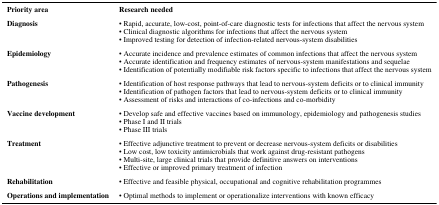
| Priority area | Research needed |
 | --- | --- |
 | Diagnosis | • Rapid, accurate, low-cost, point-of-care diagnostic tests for infections that affect the nervous system• Clinical diagnostic algorithms for infections that affect the nervous system• Improved testing for detection of infection-related nervous-system disabilities |
 | Epidemiology | • Accurate incidence and prevalence estimates of common infections that affect the nervous system• Accurate identification and frequency estimates of nervous-system manifestations and sequelae• Identification of potentially modifiable risk factors specific to infections that affect the nervous system |
 | Pathogenesis | • Identification of host response pathways that lead to nervous-system deficits or to clinical immunity• Identification of pathogen factors that lead to nervous-system deficits or to clinical immunity• Assessment of risks and interactions of co-infections and co-morbidity |
 | Vaccine development | • Develop safe and effective vaccines based on immunology, epidemiology and pathogenesis studies• Phase I and II trials• Phase III trials |
 | Treatment | • Effective adjunctive treatment to prevent or decrease nervous-system deficits or disabilities• Low cost, low toxicity antimicrobials that work against drug-resistant pathogens• Multi-site, large clinical trials that provide definitive answers on interventions• Effective or improved primary treatment of infection |
 | Rehabilitation | • Effective and feasible physical, occupational and cognitive rehabilitation programmes |
 | Operations and implementation | • Optimal methods to implement or operationalize interventions with known efficacy |